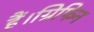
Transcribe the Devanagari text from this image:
हैं।ग्रिफिन